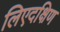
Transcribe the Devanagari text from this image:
लिएदक्षिण